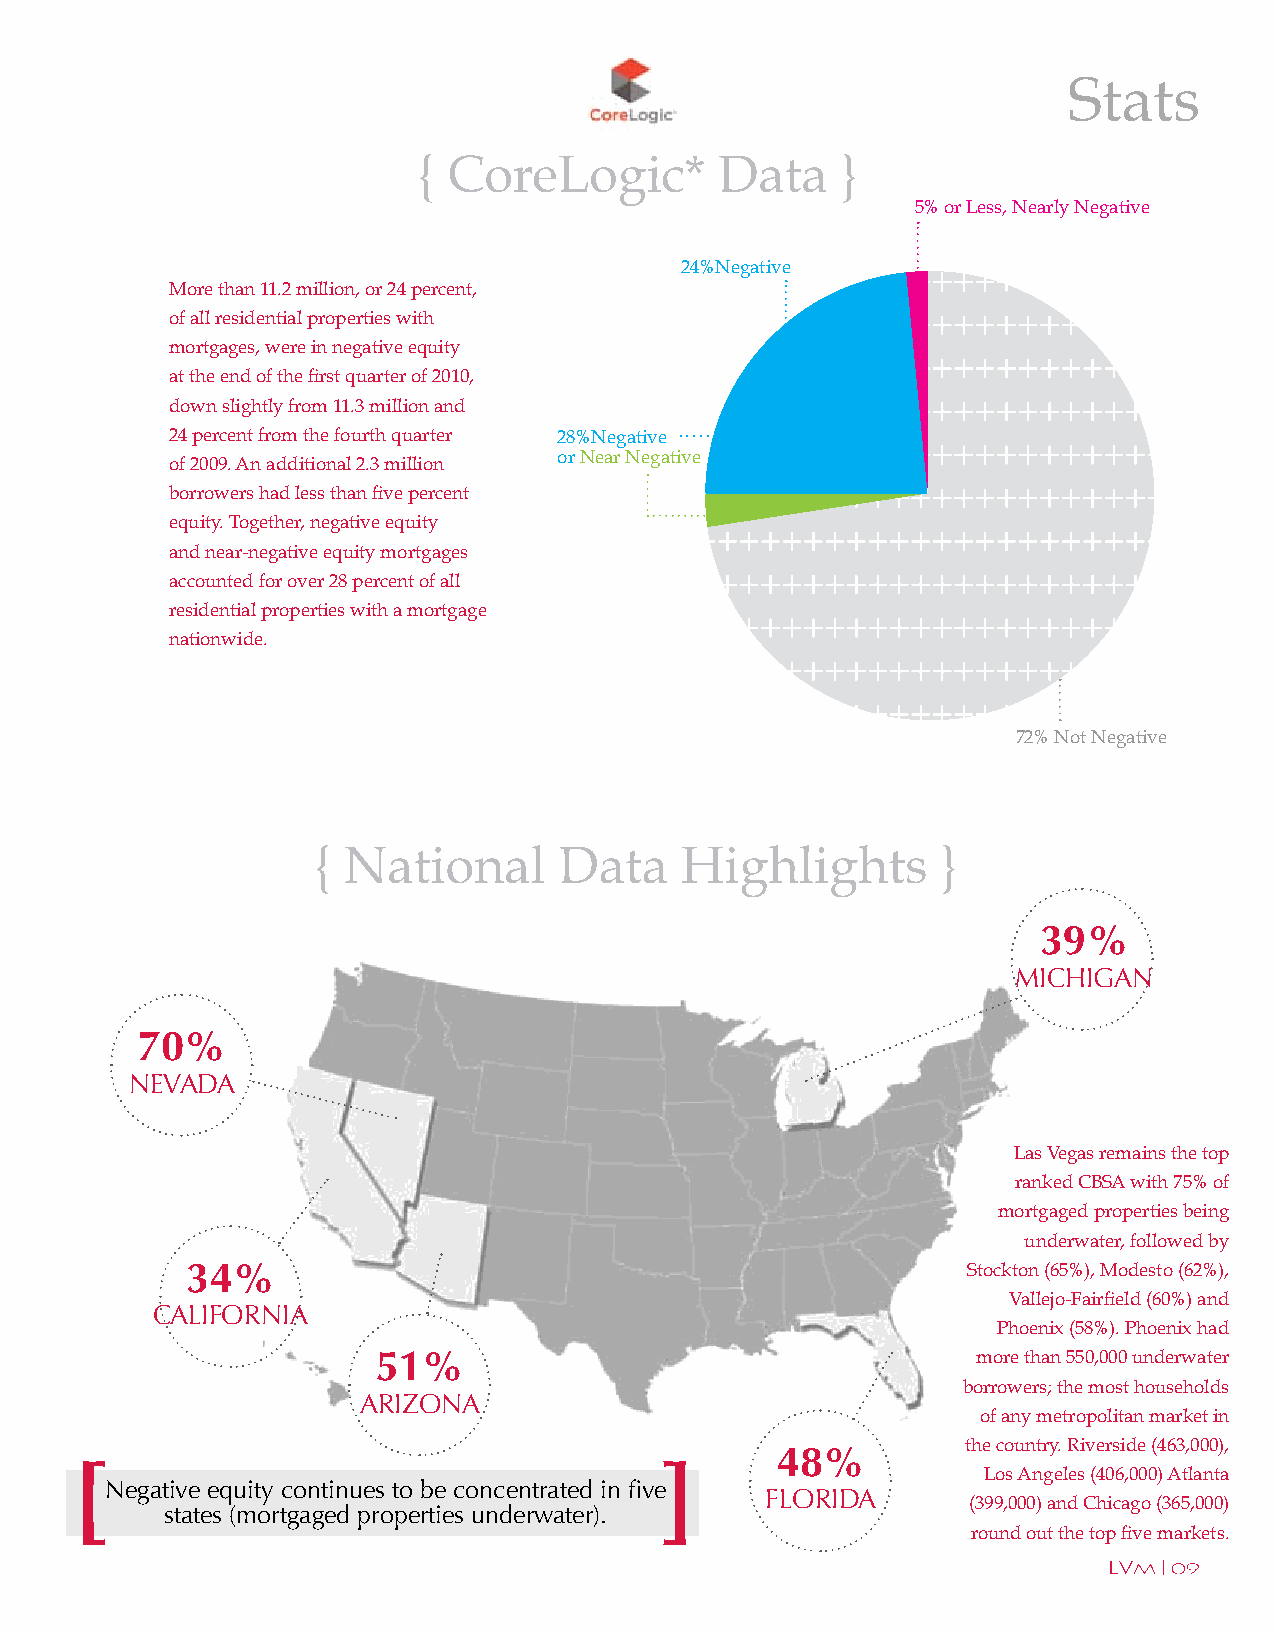
Stats
 { CoreLogic*        Data    }
 [                          ]                                5% or Less, Nearly Negative
 24%Negative
 More than 11.2 million, or 24 percent,
 of all residential properties with
 mortgages, were in negative equity
 at the end of the first quarter of 2010,
 down slightly from 11.3 million and
 24 percent from the fourth quarter 28%Negative
 or Near Negative
 of 2009. An additional 2.3 million
 borrowers had less than five percent
 equity. Together, negative equity
 and near-negative equity mortgages
 accounted for over 28 percent of all
 residential properties with a mortgage
 nationwide.
 72% Not Negative
 { National      Data    Highlights       }
 39%
 MIChIGan
 70%
 neVada
 Las Vegas remains the top
 ranked CBSA with 75% of
 mortgaged properties being
 underwater, followed by
 34%                                                 Stockton (65%), Modesto (62%),
 Vallejo-Fairfield (60%) and
 CaLIfornIa
 Phoenix (58%). Phoenix had
 51%                                     more than 550,000 underwater
 borrowers; the most households
 arIZona
 of any metropolitan market in
 the country. Riverside (463,000),
 48%
 [                                      ]
 Los Angeles (406,000) Atlanta
 Negative equity continues to be concentrated in five
 fLorIda
 (399,000) and Chicago (365,000)
 states (mortgaged properties underwater).
 round out the top five markets.